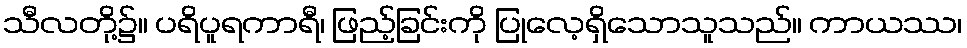
သီလတို့၌။ ပရိပူရကာရီ၊ ဖြည့်ခြင်းကို ပြုလေ့ရှိသောသူသည်။ ကာယဿ၊